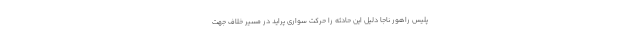
پلیس راهور ناجا دلیل این حادثه را حرکت سواری پراید در مسیر خلاف جهت